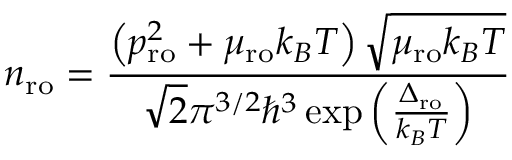
n _ { \mathrm { r o } } = \frac { \left( p _ { \mathrm { r o } } ^ { 2 } + \mu _ { \mathrm { r o } } k _ { B } T \right) \sqrt { \mu _ { \mathrm { r o } } k _ { B } T } } { \sqrt { 2 } \pi ^ { 3 / 2 } \hbar ^ { 3 } \exp \left( \frac { \Delta _ { \mathrm { r o } } } { k _ { B } T } \right) }